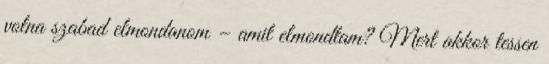
volna szabad elmondanom – amit elmondtam? Mert akkor tessen